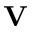
\mathbf { V }